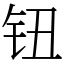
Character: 钮